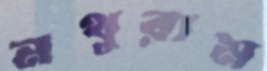
নথুরাম